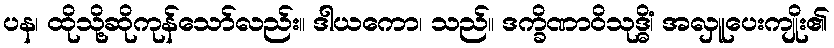
ပန၊ ထိုသို့ဆိုကုန်သော်လည်း။ ဒါယကော၊ သည်။ ဒက္ခိဏာဝိသုဒ္ဓိံ၊ အလှူပေးကျိုး၏